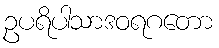
ဥပရိပါသာဒဝရဂတော